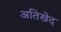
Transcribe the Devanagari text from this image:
अतिखेद